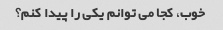
خوب، کجا می توانم یکی را پیدا کنم؟